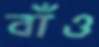
বাঁও